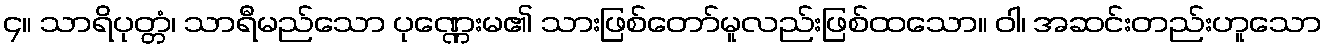
၄။ သာရိပုတ္တံ၊ သာရီမည်သော ပုဏ္ဏေးမ၏ သားဖြစ်တော်မူလည်းဖြစ်ထသော။ ဝါ၊ အဆင်းတည်းဟူသော